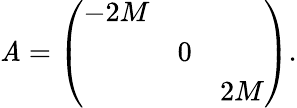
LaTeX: \mathit{A}=\left(\begin{array}{ccc}{{-2M}}&{{}}&{{}}\\ {{}}&{{0}}&{{}}\\ {{}}&{{}}&{{2M}}\end{array}\right).